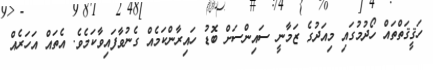
ހަޤީޤަތްތައް ހޯދުމުގައި މިއަދުގެ ޒަމާނީ ސައިންސަށް ބޮޑު ހައިރާންކަމެއް ގެނުވާފައިވާކަމެވެ. އެތައް އަހަރެއް